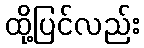
ထို့ပြင်လည်း